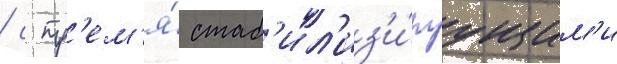
/ с тр'ем'я́ стаб'ил'из'и́руущим'и